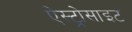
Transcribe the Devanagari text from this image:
ऐस्ट्रोसाइट